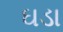
ઘડા